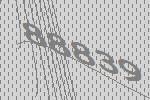
88839